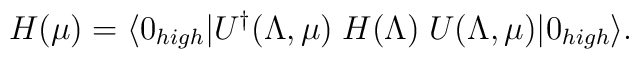
H(\mu) = \langle 0_{high} |U^{\dagger}(\Lambda,\mu)\;           H(\Lambda)\;U(\Lambda,\mu)| 0_{high}\rangle.